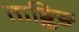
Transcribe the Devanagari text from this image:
ताङ्किङ